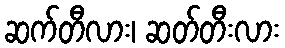
ဆက်တီလား၊ ဆတ်တီးလား